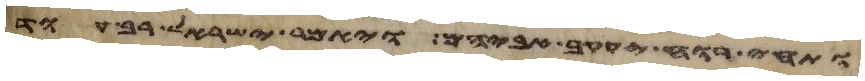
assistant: ותחי רוח יעקב אביהם ויאמר ישראל רב עוד